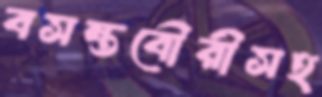
বসন্তবৌরীসহ